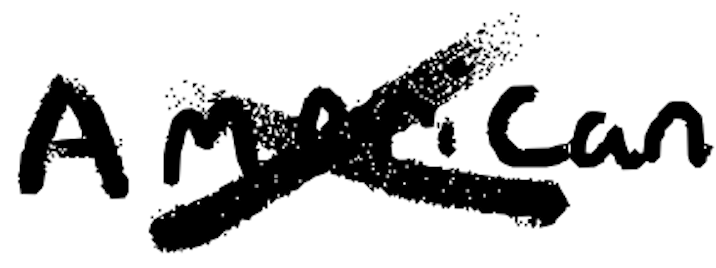
Text: American
Cross-out: cross
Writing tool: digital_black